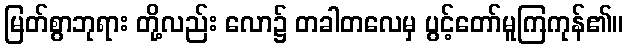
မြတ်စွာဘုရား တို့လည်း လော၌ တခါတလေမှ ပွင့်တော်မူကြကုန်၏။